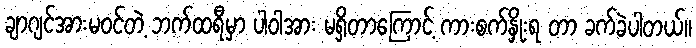
ချာဂျင်အားမဝင်တဲ့ ဘက်ထရီမှာ ပါဝါအား မရှိတာကြောင့် ကားစက်နှိုးရ တာ ခက်ခဲပါတယ်။